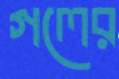
গলের